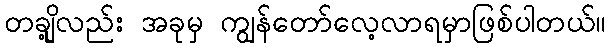
တချို့လည်း အခုမှ ကျွန်တော်လေ့လာရမှာဖြစ်ပါတယ်။